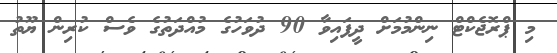
މި ޕްރޮޖެކްޓް ނިންމުމަށް ދީފައިވާ 90 ދުވަހުގެ މުއްދަތުގެ ވެސް ކުރިން ޔޫތު